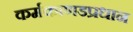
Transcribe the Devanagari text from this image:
कर्मकाणडप्रधान